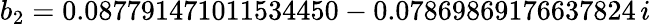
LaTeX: b_{2}=0.087791471011534450-0.07869869176637824\, i